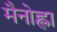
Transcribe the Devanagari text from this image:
मैनोह्ला